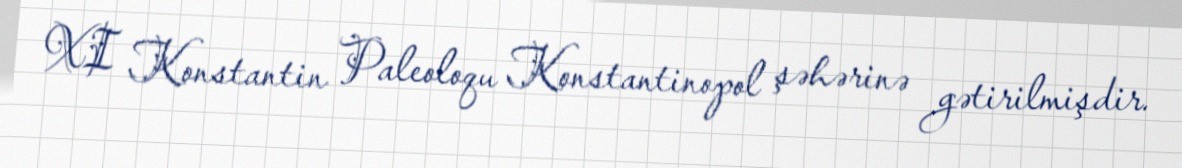
XI Konstantin Paleoloqu Konstantinopol şəhərinə gətirilmişdir.